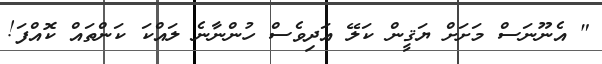
" އެނޫނަސް މަށަށް ޔަޤީން ކަލޭ އަދިވެސް ހުންނާނެ ލައްކަ ކަންތައް ކޮއްފަ!